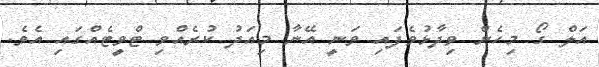
އަލް ގޯ މިހެން ވިދާޅުވެފައި ވަނީ އޭނާ މިއަދު ކުރެއްވި ޓްވީޓެއްގައި އެވެ.